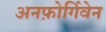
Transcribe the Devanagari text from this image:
अनफ़ोर्गिवेन